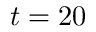
t = 2 0